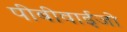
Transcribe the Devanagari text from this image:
पीबीवाईजो